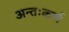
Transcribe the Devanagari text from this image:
अन्तःकर्ण